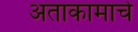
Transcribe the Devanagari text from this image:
अताकामाचे